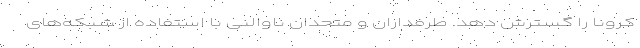
کرونا را گسترش دهد. طرفداران و متحدان ناوالنی با استفاده از شبکه‌های